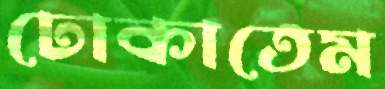
ঢোকাতেম